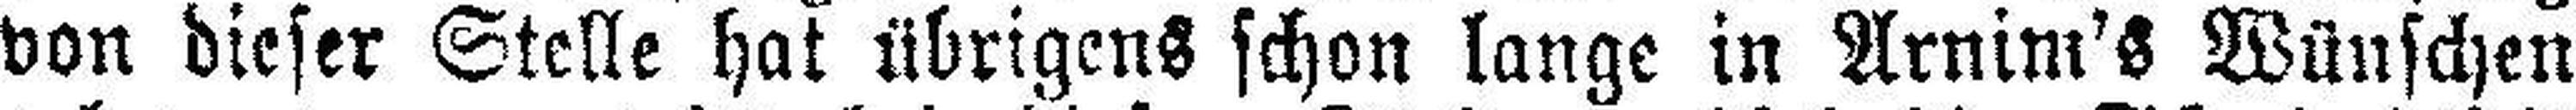
von dieser Stelle hat übrigens schon lange in Arnim's Wünschen